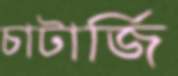
চাটার্জি